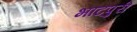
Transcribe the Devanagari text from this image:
भाटपुरी